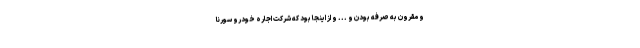
و مقرون به صرفه بودن و ... و از اینجا بود که شرکت اجاره خودرو سورنا